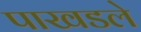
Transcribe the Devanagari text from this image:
पाखडले